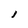
Character: 1